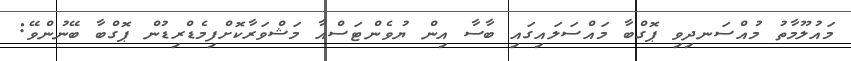
މައުލޫމާތު މުއްސަނދިވި ޕޮގްބާ މައްސަލައިގައި ބާސާ އިން ޔުވެންޓަސްއާ މަޝްވަރާކޮށްފިމެޑްރިޑުން ޕޮގްބާ ބޭނުންވޭ: